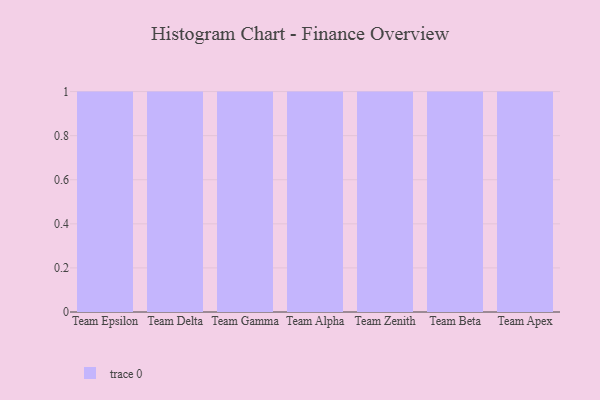
{"axis": {"x": "Team", "y": "Operating Costs (USD K)"}, "legend": [""], "data": [{"x": "Team Epsilon", "y": 5, "type": ""}, {"x": "Team Delta", "y": 82, "type": ""}, {"x": "Team Gamma", "y": 63, "type": ""}, {"x": "Team Alpha", "y": 1, "type": ""}, {"x": "Team Zenith", "y": 47, "type": ""}, {"x": "Team Beta", "y": 56, "type": ""}, {"x": "Team Apex", "y": 67, "type": ""}]}